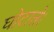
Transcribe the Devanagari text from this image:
घोटाले।